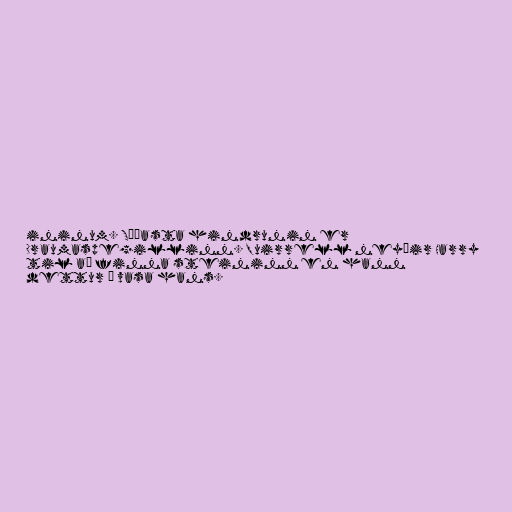
ininum. Síðasta hindrunin er
Draumaspegillinn. Quirrell neyðir Harry
til að finna steininn en hann
dettur í vasa hans.